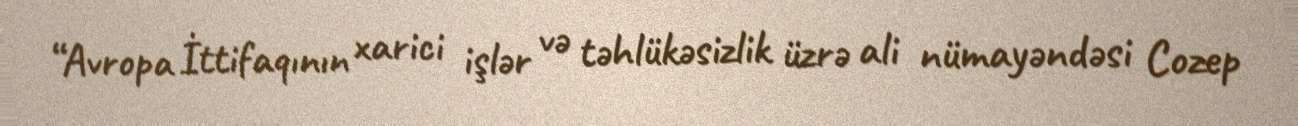
“Avropa İttifaqının xarici işlər və təhlükəsizlik üzrə ali nümayəndəsi Cozep